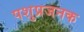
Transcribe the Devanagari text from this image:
पशुप्रजनक